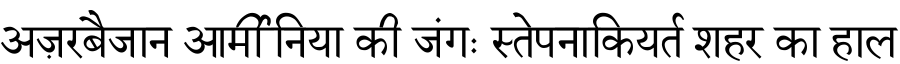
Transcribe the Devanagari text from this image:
अज़रबैजान आर्मीनिया की जंगः स्तेपनाकियर्त शहर का हाल